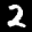
Label: 2